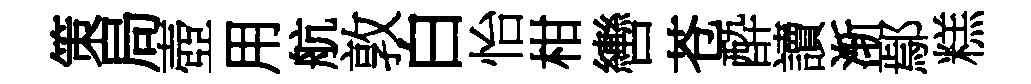
策局壺用航敦白怡柑轡苍酔讀渐鄢糕